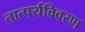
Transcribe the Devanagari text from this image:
तात्पर्यविवरण